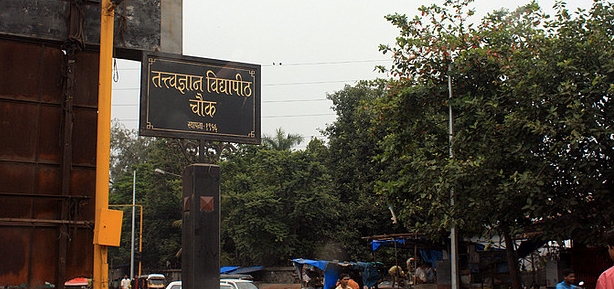
Language: hindi
Transcription: विद्यापीठ तत्वज्ञान चौक